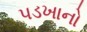
પડખાનો